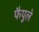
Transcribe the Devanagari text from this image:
फैपुले